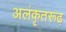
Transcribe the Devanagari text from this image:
अलंकृतरूढ़